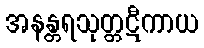
အနန္တရသုတ္တဋီကာယ